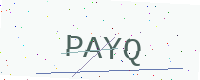
Text: PAYQ